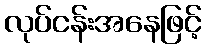
လုပ်ငန်းအနေဖြင့်